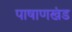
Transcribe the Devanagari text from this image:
पाषाणखंड